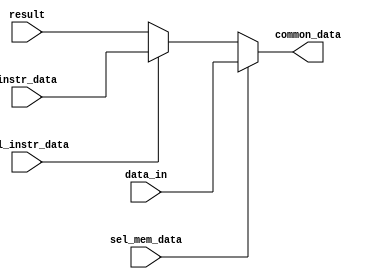
module mux_cai_comune(input wire [7:0]data_in,
                        input wire [7:0]instr_data,
                        input wire [7:0]result,
                        input wire sel_mem_data,
                        input wire sel_instr_data,
                        output wire [7:0]common_data
                      );

always @(*) begin
    if(sel_mem_data)
        common_data = data_in;
    else if(sel_instr_data)
        common_data = instr_data;         
    else
        common_data = result;
end

endmodule